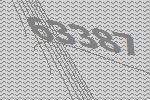
63387